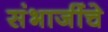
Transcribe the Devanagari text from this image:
संभाजींचे